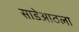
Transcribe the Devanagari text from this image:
साडेआठला